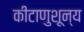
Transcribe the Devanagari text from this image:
कीटाणुशून्य